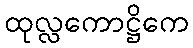
ထုလ္လကောဋ္ဌိကေ